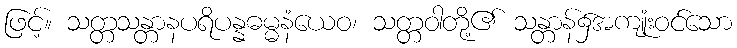
ဖြင့်။ သတ္တသန္တာနပရိပန္နဓမ္မနံယေဝ၊ သတ္တဝါတို့၏ သန္တာန်၌အကျုံးဝင်သော